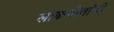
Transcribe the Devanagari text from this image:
लोकगीतांची